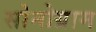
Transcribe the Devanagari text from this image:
सोनोग्राम